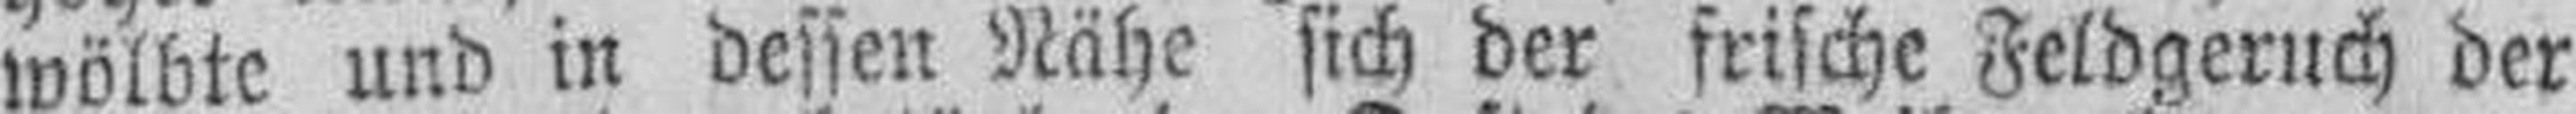
wölbte und in dessen Nähe sich der frische Feldgeruch der